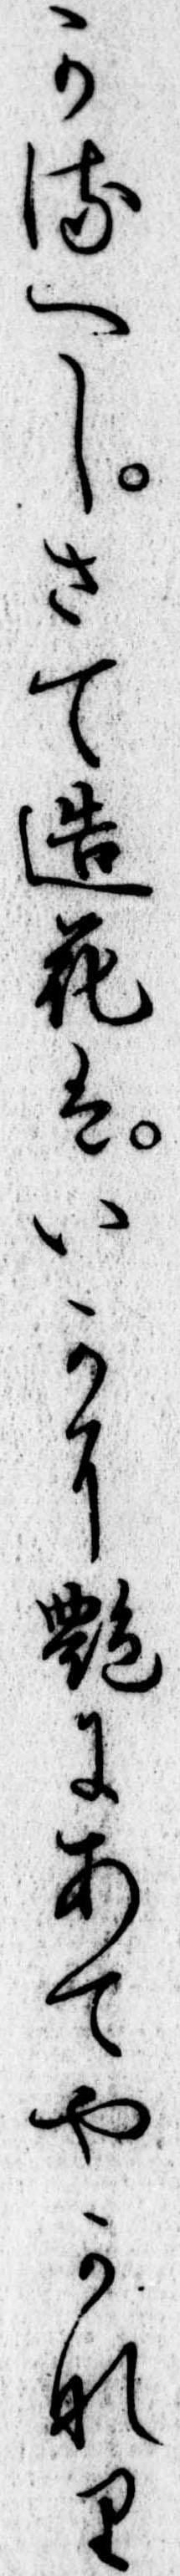
かるへしさて造花はいかに艶にあてやかなり